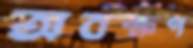
অবক্ষণ